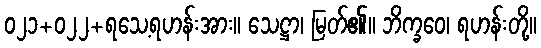
၀၂၁+၀၂၂+ရသေ့ရဟန်းအား။ သေဋ္ဌာ၊ မြတ်၏။ ဘိက္ခဝေ၊ ရဟန်းတို့။